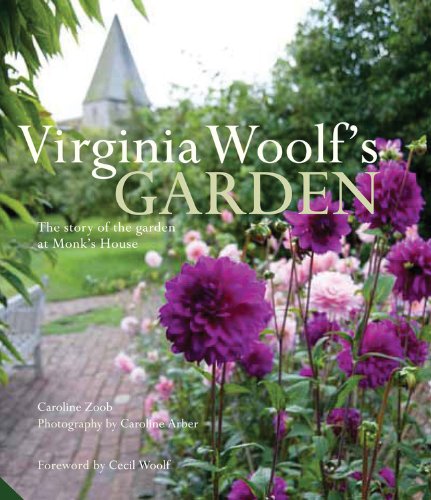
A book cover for Virginia Woolf's Garden; Caroline Zoob; Crafts, Hobbies & Home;